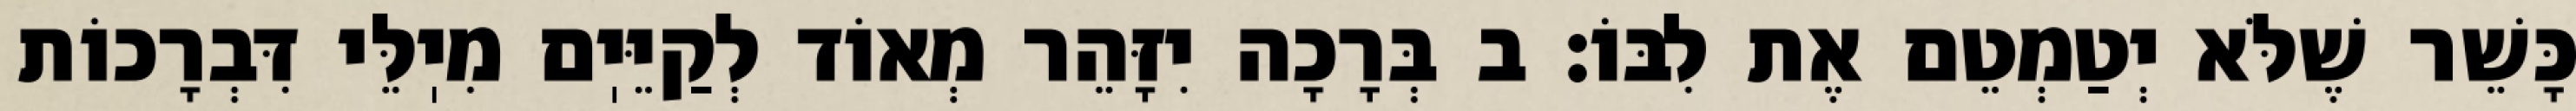
כָּשֵׁר שֶׁלֹּא יְטַמְטֵם אֶת לִבּוֹ: ב בְּרָכָה יִזָּהֵר מְאוֹד לְקַיֵּיֽם מִיֽלֵּי דִּבְרָכוֹת